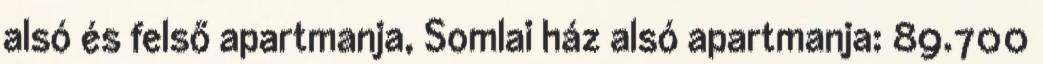
alsó és felső apartmanja, Somlai ház alsó apartmanja: 89.700